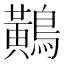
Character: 鷬